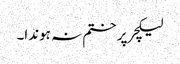
لیکچر پر ختم نہ ہوندا۔